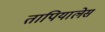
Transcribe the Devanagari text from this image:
तापियालेस